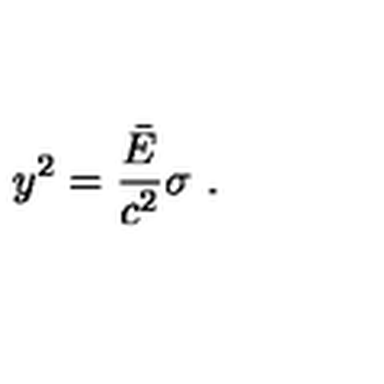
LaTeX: y ^ { 2 } = { \frac { \bar { E } } { c ^ { 2 } } } \sigma \ .